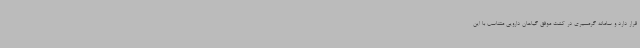
قرار دارد و سامانه گرمسیری در کشت موفق گیاهان دارویی متناسب با این